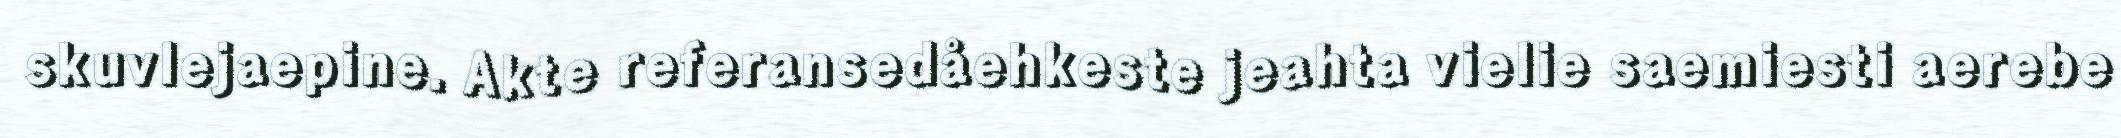
skuvlejaepine. Akte referansedåehkeste jeahta vielie saemiesti aerebe